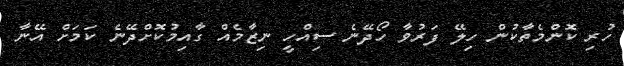
ހުރި ކޮންމެތާކުން ހިލޭ ފަރުވާ ހޯދޭނެ ސިއްހީ ނިޒާމެއް ގާއިމުކޮށްދޭނެ ކަމަށް އޭނާ